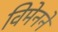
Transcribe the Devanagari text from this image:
विमेनने